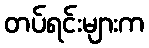
တပ်ရင်းများက